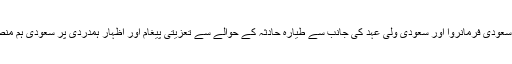
وزیرخارجہ نے نے سعودی فرمانروا اور سعودی ولی عہد کی جانب سے طیارہ حادثہ کے حوالے سے تعزیتی پیغام اور اظہار ہمدردی پر سعودی ہم منصب کا شکریہ ادا کیا۔